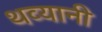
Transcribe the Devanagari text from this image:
थव्यानी